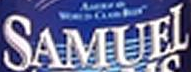
SAMUEL